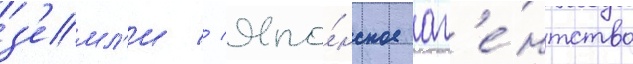
з'емл'и // Япо́нское аг'е́нтство